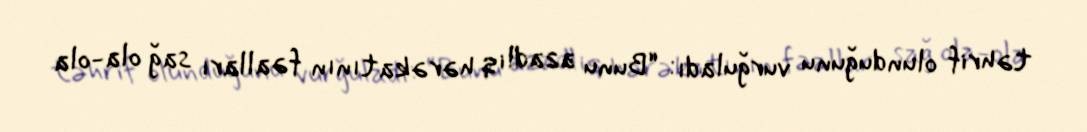
təhrif olunduğunu vurğuladı: “Bunu azadlıq hərəkatının fəalları sağ ola-ola